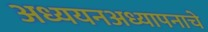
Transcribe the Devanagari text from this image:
अध्ययनअध्यापनाचे